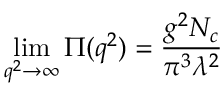
\operatorname * { l i m } _ { q ^ { 2 } \rightarrow \infty } \Pi ( q ^ { 2 } ) = \frac { g ^ { 2 } N _ { c } } { \pi ^ { 3 } \lambda ^ { 2 } }